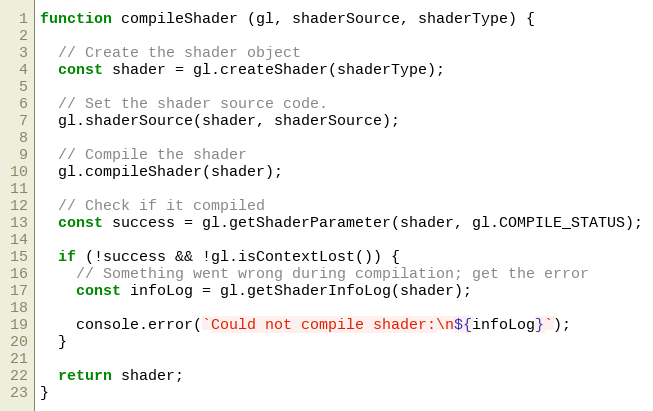
Language: JavaScript
function compileShader (gl, shaderSource, shaderType) {

  // Create the shader object
  const shader = gl.createShader(shaderType);

  // Set the shader source code.
  gl.shaderSource(shader, shaderSource);

  // Compile the shader
  gl.compileShader(shader);

  // Check if it compiled
  const success = gl.getShaderParameter(shader, gl.COMPILE_STATUS);

  if (!success && !gl.isContextLost()) {
    // Something went wrong during compilation; get the error
    const infoLog = gl.getShaderInfoLog(shader);

    console.error(`Could not compile shader:\n${infoLog}`);
  }

  return shader;
}